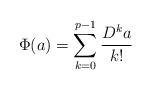
LaTeX: \begin{align*}\Phi(a)=\sum_{k=0}^{p-1}\frac{D^ka}{k!}\end{align*}